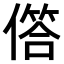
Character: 𠍹